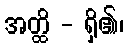
အတ္ထိ - ရှိ၏၊